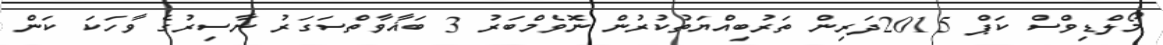
މޯލްޑިވްސް ކަޕް 2015ދަރިން ތަރުބިއްޔަތުކުރުން ނޮވެމްބަރު 3 ބަޣާވާތްސަގަރު ނާސިރުގެ ވާހަކަ ކަން